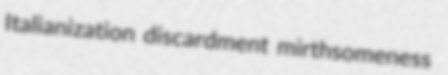
Italianization discardment mirthsomeness